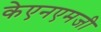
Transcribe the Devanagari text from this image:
केएनएमजी